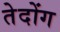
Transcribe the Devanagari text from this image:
तेदोंग